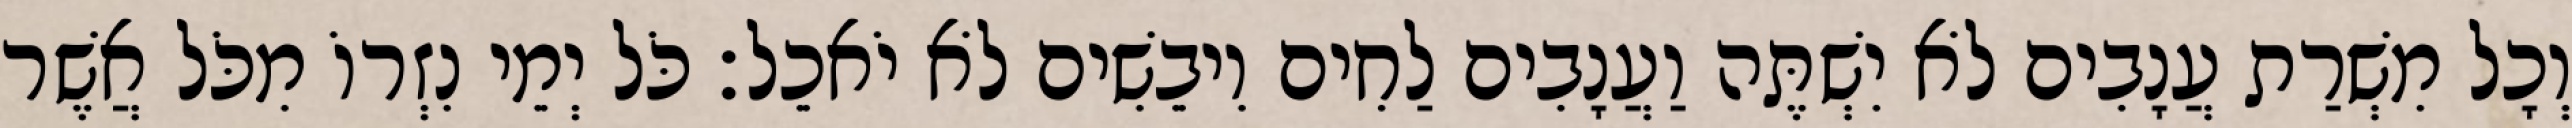
וְכָל מִשְׁרַת עֲנָבִים לֹא יִשְׁתֶּה וַעֲנָבִים לַחִים וִיבֵשִׁים לֹא יֹאכֵל׃ כֹּל יְמֵי נִזְרוֹ מִכֹּל אֲשֶׁר